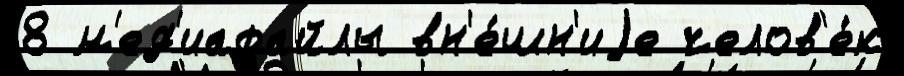
8 м'ед'иафайлы вн'е́шн'иjе челов'е́к